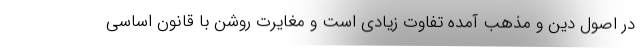
در اصول دین و مذهب آمده تفاوت زیادی است و مغایرت روشن با قانون اساسی